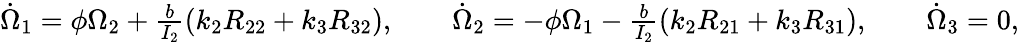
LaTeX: \begin{array}{r}{\dot{\Omega}_{1}=\phi\Omega_{2}+\frac{b}{I_{2}}(k_{2}R_{22}+k_{3}R_{32}),\qquad\dot{\Omega}_{2}=-\phi\Omega_{1}-\frac{b}{I_{2}}(k_{2}R_{21}+k_{3}R_{31}),\qquad\dot{\Omega}_{3}=0,}\end{array}